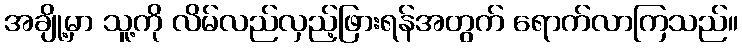
အချို့မှာ သူ့ကို လိမ်လည်လှည့်ဖြားရန်အတွက် ရောက်လာကြသည်။